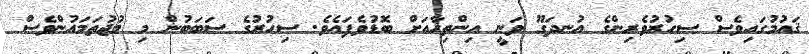
ޤައުމުގައިވެސް ސިހުރުވެރިންގެ އުނދަގޫ ވަނީ އިންތިހާއަށް ބޮޑުވެފައެވެ. ސިހުރުގެ ސަބަބުން މި މުޖުތަމައުންވެސް